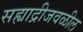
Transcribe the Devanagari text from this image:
सह्याद्रीजवळील